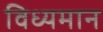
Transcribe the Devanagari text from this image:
विध्‍यमान